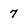
Character: 7